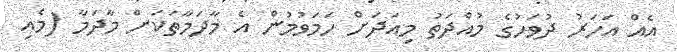
އެއް އަހަރު ދުވަހުގެ މުއްދަތު މިއަދަށް ހަމަވުމުން އެ މާދަމާތަކަށް މާދަމާ (މެއި